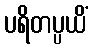
ပရိတပ္ပယိံ